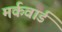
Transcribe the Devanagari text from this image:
मर्कवार्ड